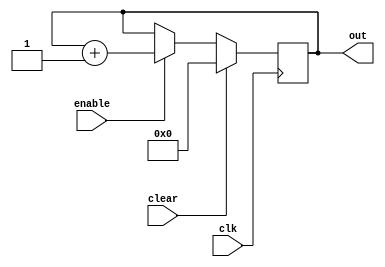
// Contador 4-bit com clear e enable 
module count4 (clk, clear, enable, out);
	input clk;
	input clear; 	
	input enable; 	
	output reg [3:0] out; 

always @(posedge clk)
	begin
	if (clear) out <= 4'b0;
	else if (enable) out <= out + 4'b1;
	end
endmodule